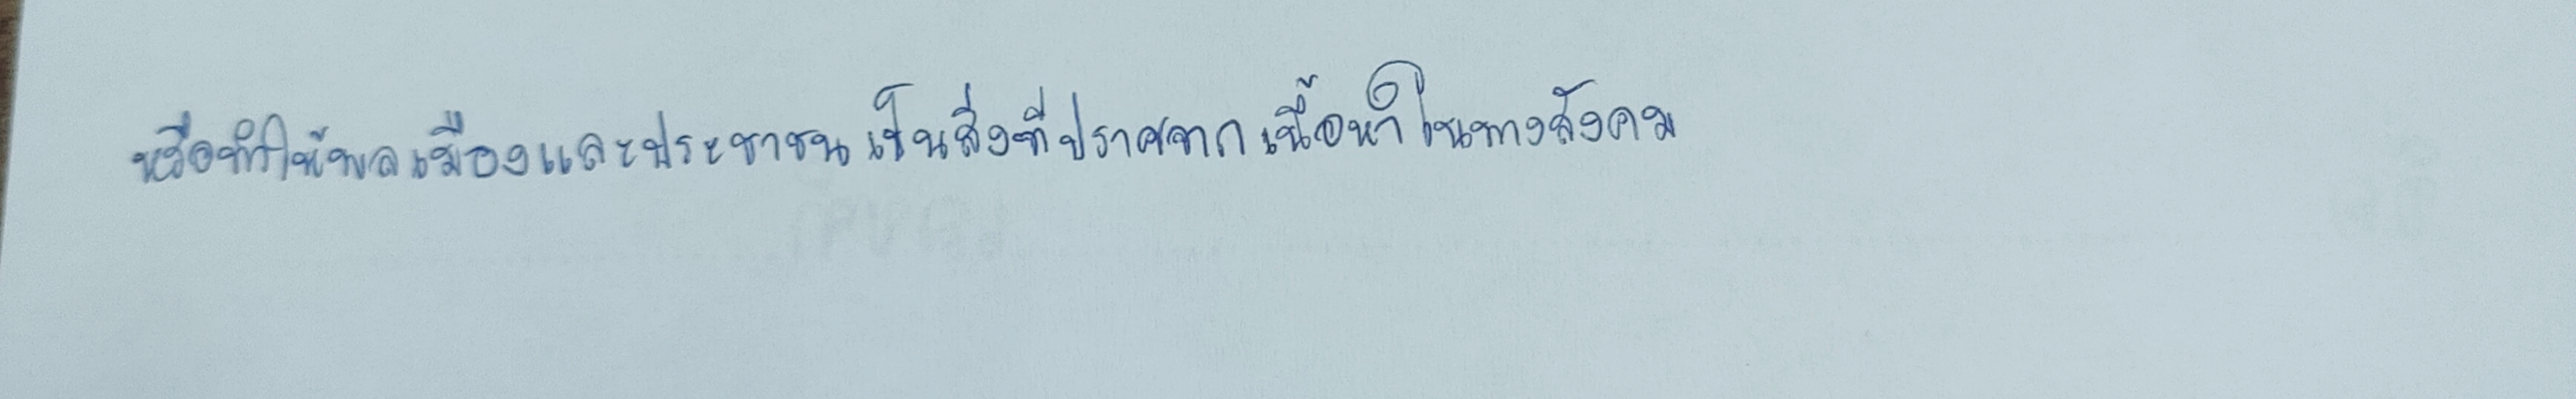
หรือทำให้พลเมืองและประชาชนเป็นสิ่งที่ปราศจากเนื้อหาในทางสังคม